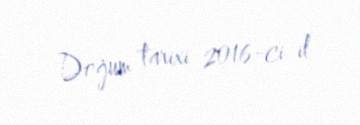
Doğum tarixi 2016-ci il